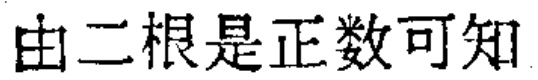
由二根是正数可知